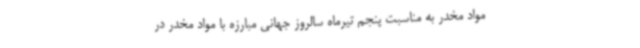
مواد مخدر به مناسبت پنجم تیرماه سالروز جهانی مبارزه با مواد مخدر در